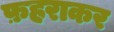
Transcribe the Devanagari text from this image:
फ़हराकर